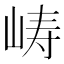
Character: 𫝵